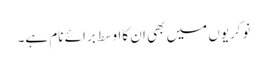
نوکریوں میں بھی ان کااوسط برائے نام ہے۔